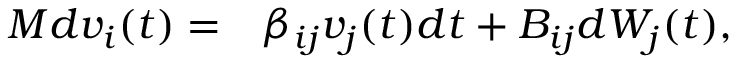
\begin{array} { r l } { M d v _ { i } ( t ) = } & { { } \beta _ { i j } v _ { j } ( t ) d t + B _ { i j } d W _ { j } ( t ) , } \end{array}